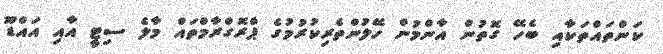
ކަންތައްތަކާއި ބެހޭ ގޮތުން އާންމުން ހޭލުންތެރިކުރުމުގެ ޕްރޮގްރާމްތައް މާލެ ސިޓީ އާއި އައްޑޫ